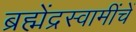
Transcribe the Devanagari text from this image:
ब्रह्मेंद्रस्वामींचें